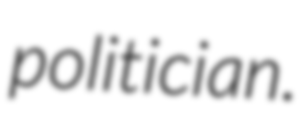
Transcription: politician.